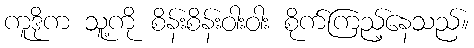
ကူဒိုက သူ့ကို စိန်းစိန်းဝါးဝါး စိုက်ကြည့်နေသည်။